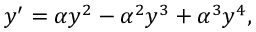
y ^ { \prime } = \alpha y ^ { 2 } - \alpha ^ { 2 } y ^ { 3 } + \alpha ^ { 3 } y ^ { 4 } ,